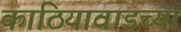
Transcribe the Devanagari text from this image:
काठियावाडच्या